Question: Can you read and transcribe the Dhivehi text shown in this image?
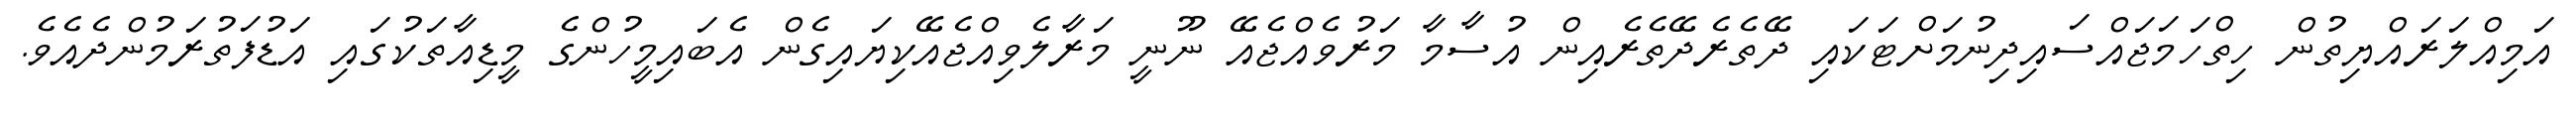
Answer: އަމިއްލަރައްޔިތުން ހިތްހަމަޖައްސައިދިނުމަށްޓަކައި ދޭތެރެދޭތެރެއިން އުސާމާ މަރުވެއްޖެއޭ ނޫނީ މަރާލެވިއްޖެއޭކިޔައިގެން އެބައިމީހުންގެ މީޑިއާތަކުގައި އަޑުފަތުރަމުންދެއެވެ.